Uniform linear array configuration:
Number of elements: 64
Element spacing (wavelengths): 1
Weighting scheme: binomial
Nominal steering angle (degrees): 30
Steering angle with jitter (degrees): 30.539
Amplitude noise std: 0.05
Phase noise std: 0.05

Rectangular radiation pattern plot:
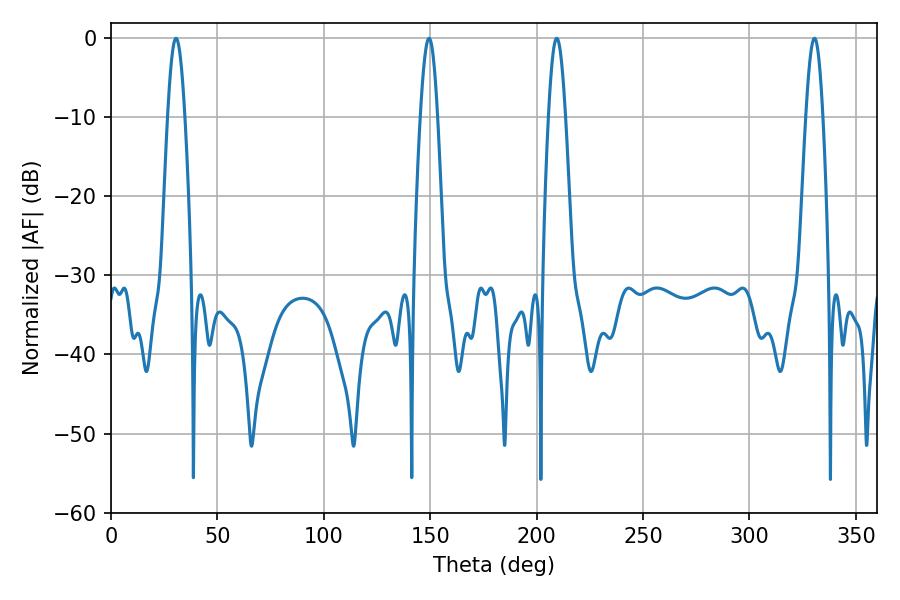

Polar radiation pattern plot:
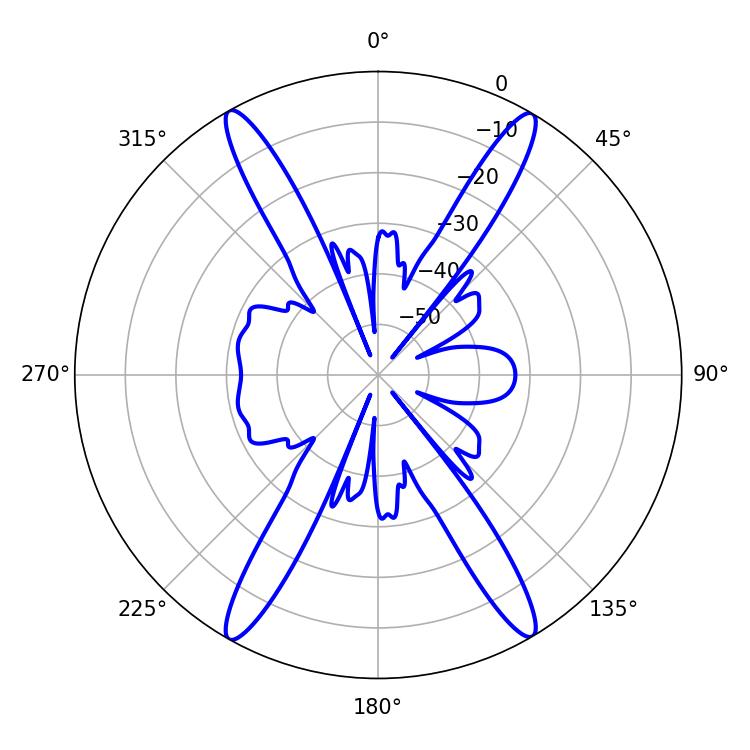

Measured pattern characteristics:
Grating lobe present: TRUE
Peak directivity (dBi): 27.871
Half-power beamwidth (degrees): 4.32
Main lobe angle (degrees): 30.6